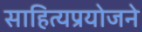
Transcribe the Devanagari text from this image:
साहित्यप्रयोजने